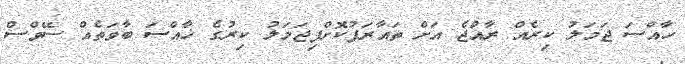
ހާއްސަ ޖަމަލު ކިރެއް ރާއްޖެ އަށް ތައާރަފުކޮށްފިޖަމަލު ކިރުގެ ޚާއްސަ ބާވަތެއް ސޭވްސް